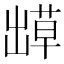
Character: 𫥬